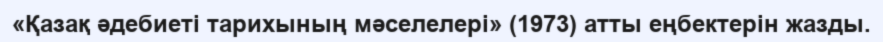
«Қазақ әдебиеті тарихының мәселелері» (1973) атты еңбектерін жазды.